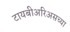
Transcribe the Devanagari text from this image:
टायबीअरिअसच्या